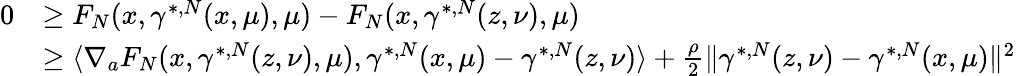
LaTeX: \begin{array}{rl}{0}&{\geq F_{N}(x,\gamma^{*,N}(x,\mu),\mu)-F_{N}(x,\gamma^{*,N}(z,\nu),\mu)}\\ &{\geq\langle\nabla_{a}F_{N}(x,\gamma^{*,N}(z,\nu),\mu),\gamma^{*,N}(x,\mu)-\gamma^{*,N}(z,\nu)\rangle+\frac{\rho}{2}\| \gamma^{*,N}(z,\nu)-\gamma^{*,N}(x,\mu)\| ^{2}}\end{array}